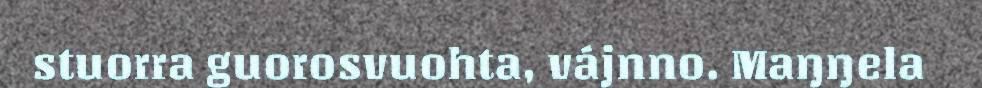
stuorra guorosvuohta, vájnno. Maŋŋela